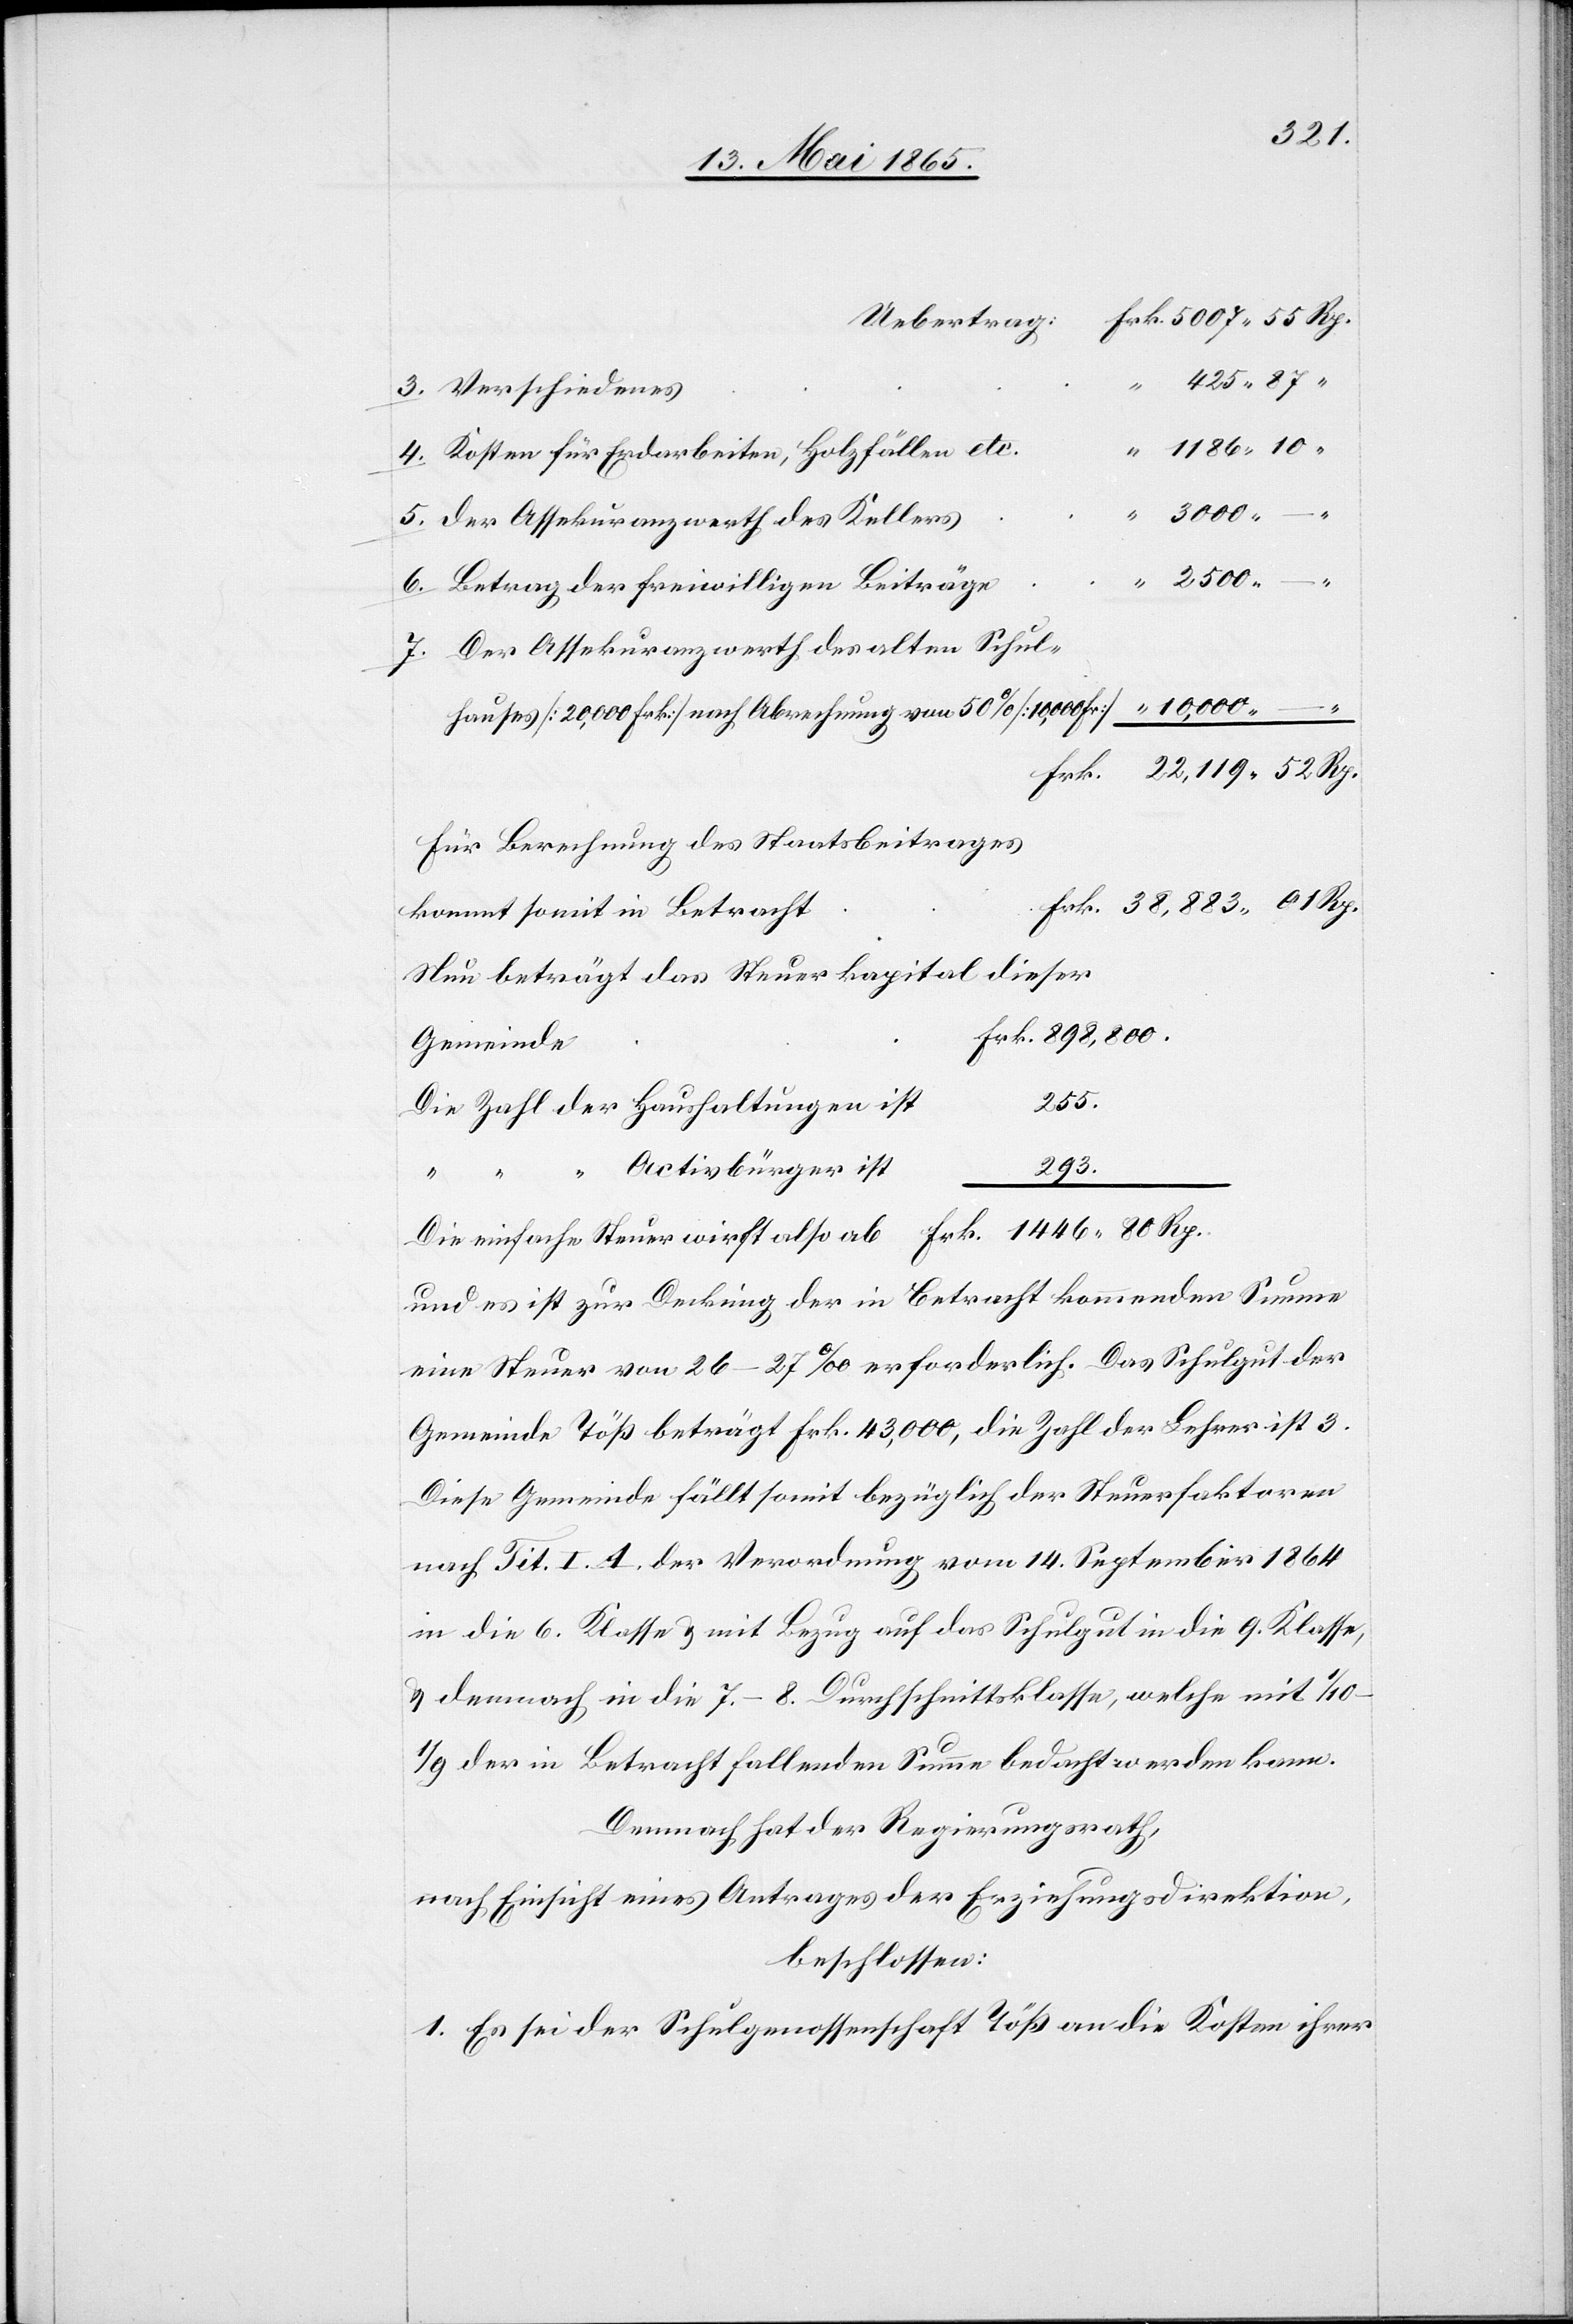
Kosten für Erdarbeiten, Holzfällen etc.
Der Assekuranzwerth des Kellers
6.
Betrag der freiwilligen Beiträge
Der Assekuranzwerth des alten Schul¬
hauses [20,000 Frk] nach Abrechnung von 50 % [10,000 Fr]
–
Für Berechnung des Staatsbeitrages
Frk. 38,883 01 Rp.
kommt somit in Betracht
Nun beträgt das Steuerkapital dieser
Gemeinde
255.
Die Zahl der Haushaltungen ist
Activbürger ist
293.
5.
Rp.
und es ist zur Deckung der in Betracht kommenden Summe
eine Steuer von 26–27 ‰ erforderlich. Das Schulgut der
Gemeinde Töß beträgt Frk. 43,000, die Zahl der Lehrer ist 3.
Die Gemeinde fällt somit bezüglich der Steuerfaktoren
nach Tit. I. A. der Verordnung vom 14. September 1864
in die 6. Klasse & mit Bezug auf das Schulgut in die 9. Klasse,
& demnach in die 7.–8. Durchschnittsklasse, welche mit
der in Betracht fallenden Summe bedacht werden kann.
Demnach hat der Regierungsrath,
nach Einsicht eines Antrages der Erziehungsdirektion,
beschlossen:
1. Es sei der Schulgenossenschaft Töß an die Kosten ihrer